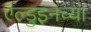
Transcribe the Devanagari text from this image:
ऍल्डुइनच्या